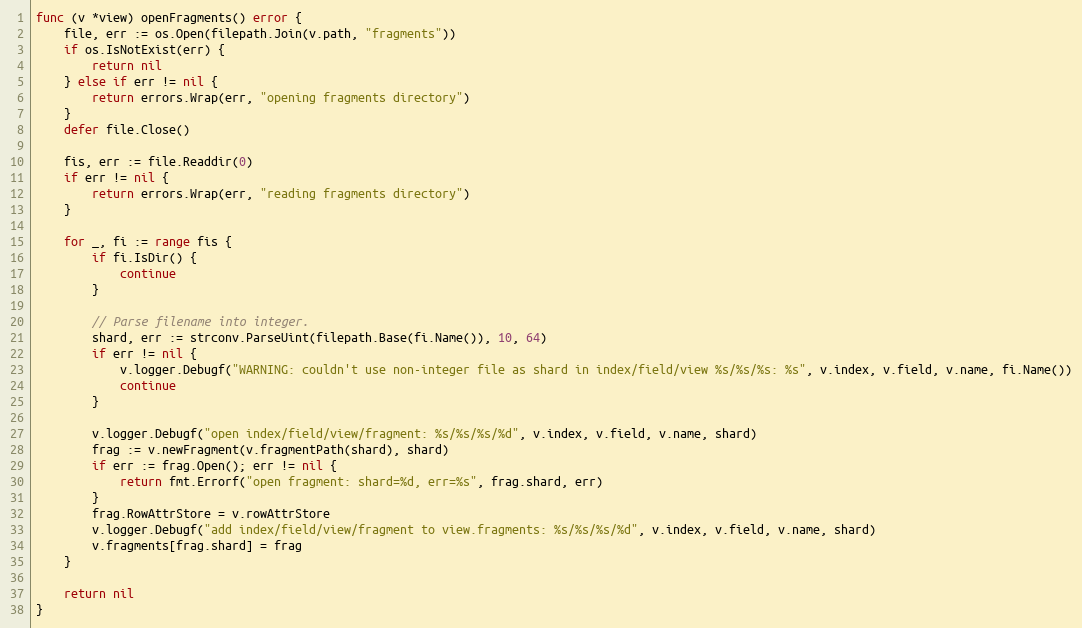
Language: Go
func (v *view) openFragments() error {
	file, err := os.Open(filepath.Join(v.path, "fragments"))
	if os.IsNotExist(err) {
		return nil
	} else if err != nil {
		return errors.Wrap(err, "opening fragments directory")
	}
	defer file.Close()

	fis, err := file.Readdir(0)
	if err != nil {
		return errors.Wrap(err, "reading fragments directory")
	}

	for _, fi := range fis {
		if fi.IsDir() {
			continue
		}

		// Parse filename into integer.
		shard, err := strconv.ParseUint(filepath.Base(fi.Name()), 10, 64)
		if err != nil {
			v.logger.Debugf("WARNING: couldn't use non-integer file as shard in index/field/view %s/%s/%s: %s", v.index, v.field, v.name, fi.Name())
			continue
		}

		v.logger.Debugf("open index/field/view/fragment: %s/%s/%s/%d", v.index, v.field, v.name, shard)
		frag := v.newFragment(v.fragmentPath(shard), shard)
		if err := frag.Open(); err != nil {
			return fmt.Errorf("open fragment: shard=%d, err=%s", frag.shard, err)
		}
		frag.RowAttrStore = v.rowAttrStore
		v.logger.Debugf("add index/field/view/fragment to view.fragments: %s/%s/%s/%d", v.index, v.field, v.name, shard)
		v.fragments[frag.shard] = frag
	}

	return nil
}